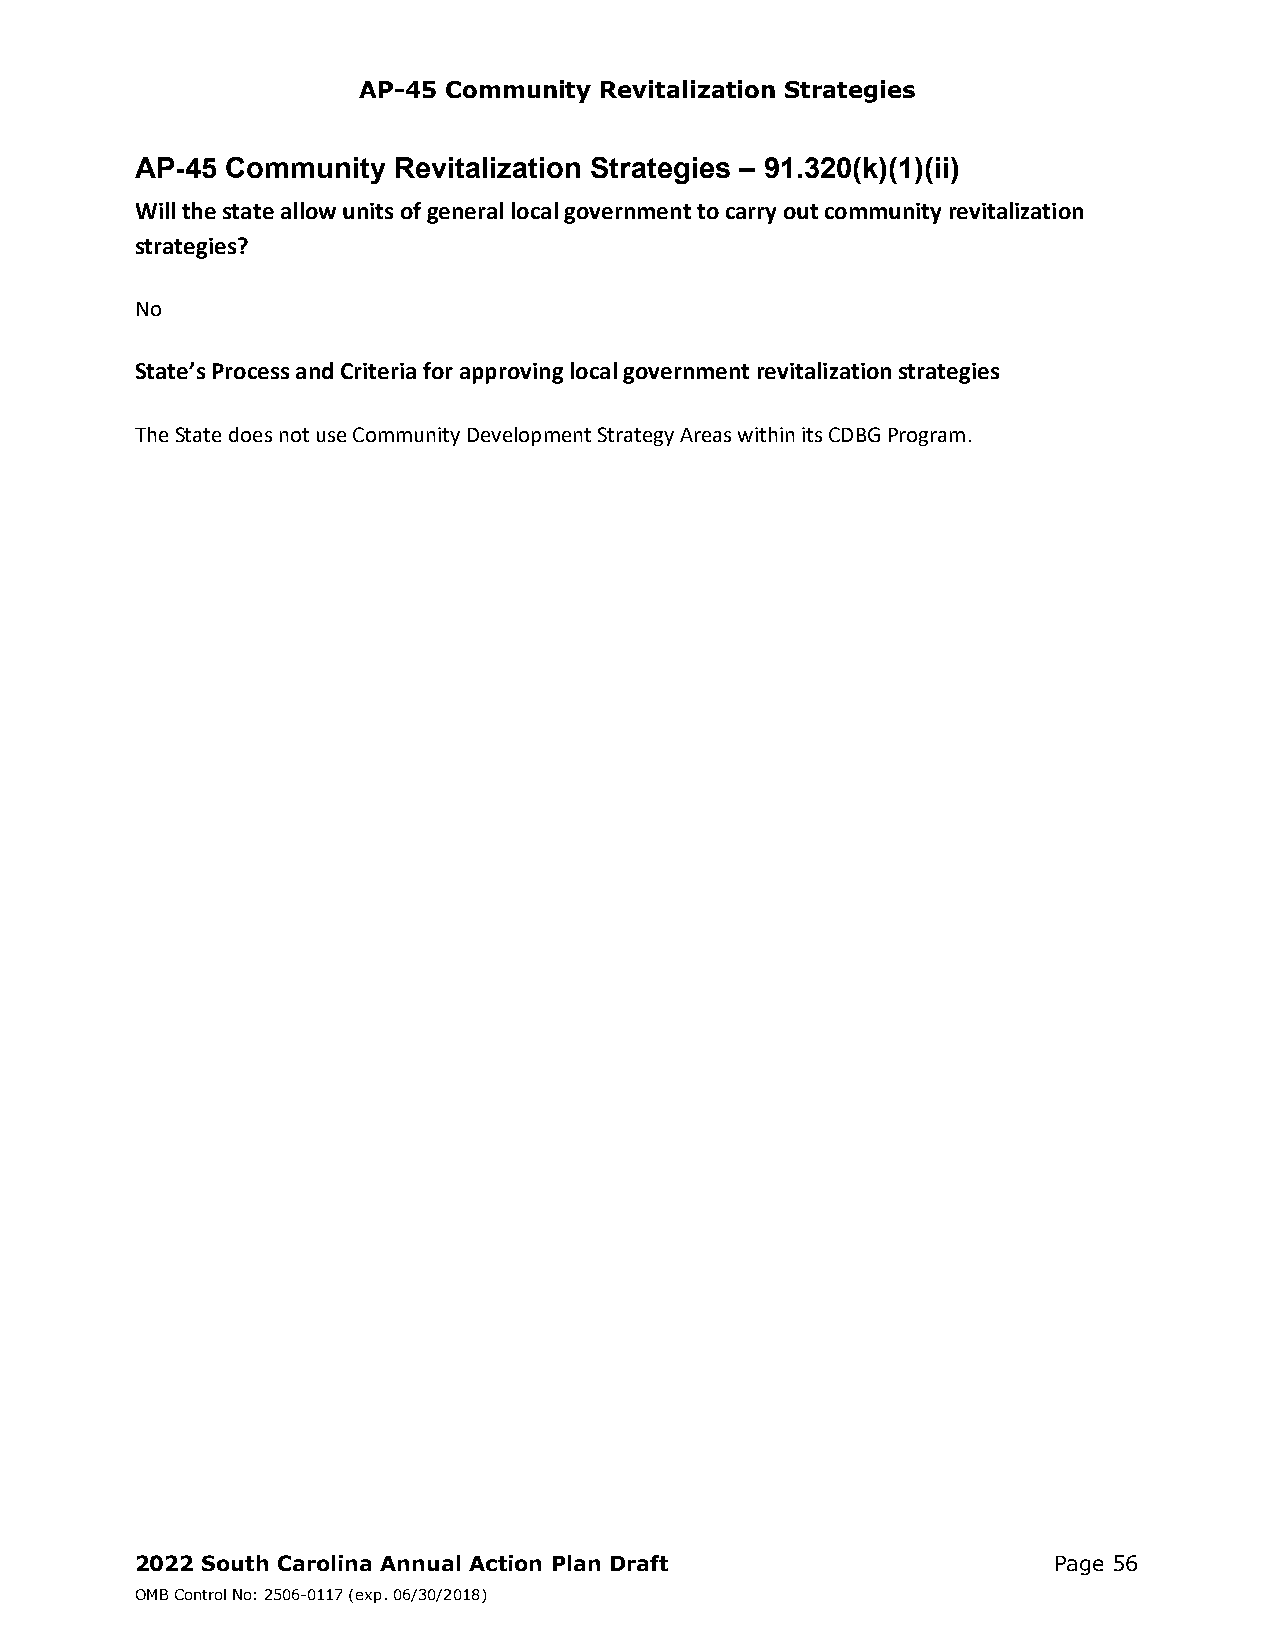
AP-45 Community Revitalization Strategies
 AP-45 Community  Revitalization Strategies – 91.320(k)(1)(ii)
 Will the state allow units of general local government to carry out community revitalization
 strategies?
 No
 State’s Process and Criteria for approving local government revitalization strategies
 The State does not use Community Development Strategy Areas within its CDBG Program.
 2022 South Carolina Annual Action Plan Draft                 Page 56
 OMB Control No: 2506-0117 (exp. 06/30/2018)